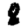
Digit: 8